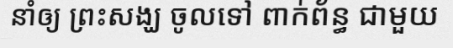
នាំឲ្យ ព្រះសង្ឃ ចូលទៅ ពាក់ព័ន្ធ ជាមួយ